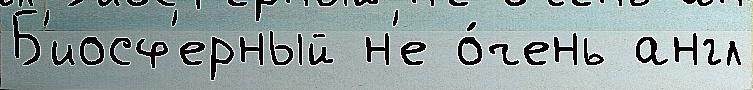
Б'иосф'ерный н'е о́чень англ